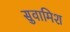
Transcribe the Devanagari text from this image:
सुवामिश